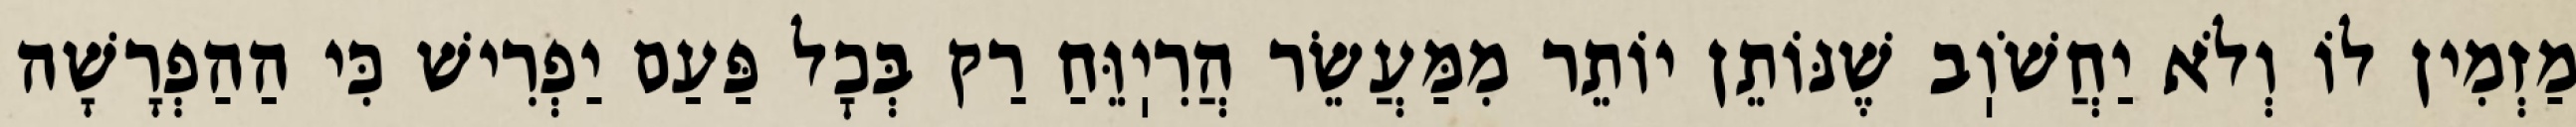
מַזְמִין לוֹ וְלֹא יַחֲשֹׁוֽב שֶׁנּוֹתֵן יוֹתֵר מִמַּעֲשֵׂר הֲרִיֽוֵּחַ רַק בְּכׇל פַּעַם יַפְרִישׁ כִּי הַהַפְרָשָׁה